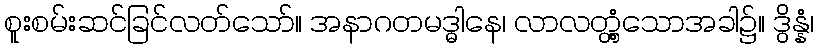
စူးစမ်းဆင်ခြင်လတ်သော်။ အနာဂတမဒ္ဓါနေ၊ လာလတ္တံ့သောအခါ၌။ ဒွိန္နံ၊